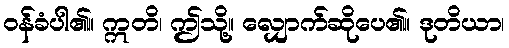
ဝန်ခံပါ၏။ ဣတိ၊ ဤသို့။ လျှောက်ဆိုပေ၏။ ဒုတိယာ၊